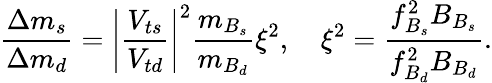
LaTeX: \frac{\Delta m_{s}}{\Delta m_{d}}=\left|\frac{V_{ts}}{V_{td}}\right|^{2}\frac{m_{B_{s}}}{m_{B_{d}}}\xi^{2},\quad\xi^{2}=\frac{f_{B_{s}}^{2}B_{B_{s}}}{f_{B_{d}}^{2}B_{B_{d}}}.